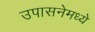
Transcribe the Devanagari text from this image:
उपासनेमध्ये